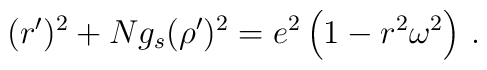
(r^\prime)^2 + N g_s (\rho^\prime)^2 = e^2 \left( 1 - r^2 \omega^2 \right)\,.